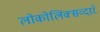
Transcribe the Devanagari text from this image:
लोकोलिंक्सव्दारे